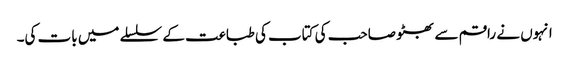
انہوں نے راقم سے بھٹو صاحب کی کتاب کی طباعت کے سلسلے میں بات کی۔